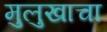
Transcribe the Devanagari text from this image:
मुलुखाचा